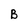
Character: B